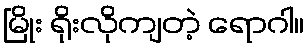
မြိုး ရိုးလိုကျတဲ့ ရောဂါ။